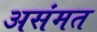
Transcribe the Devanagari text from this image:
असंमत